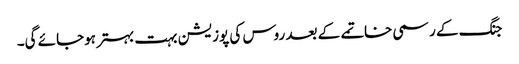
جنگ کے رسمی خاتمے کے بعد روس کی پوزیشن بہت بہتر ہوجائے گی۔